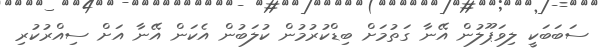
ސަބަބަކީ ލިވަޕޫލުން އޭނާ ގަތުމަށް ބިޑްކުރުމުން ކުލަބުން އެކަން އޭނާ އަށް ސިއްރުކުރި